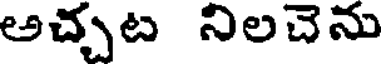
అచ్చట నిలచెను